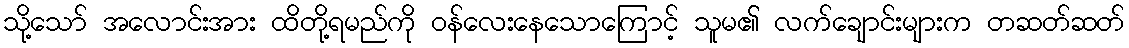
သို့သော် အလောင်းအား ထိတို့ရမည်ကို ဝန်လေးနေသောကြောင့် သူမ၏ လက်ချောင်းများက တဆတ်ဆတ်